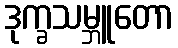
ဒုက္ခသမ္ဘူတော